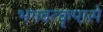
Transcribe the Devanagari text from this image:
भगवत्कृपासे